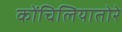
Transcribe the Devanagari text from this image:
कोंचिलियातोरे